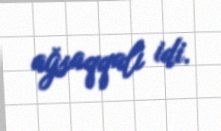
ağsaqqalı idi.